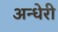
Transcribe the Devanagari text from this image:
अन्धेरी